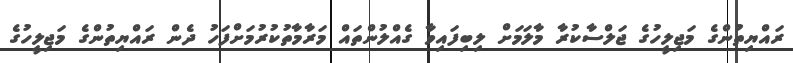
ރައްޔިތުންގެ މަޖިލީހުގެ ޖަލްސާކުރާ މާލަމަށް ލިބިފައިވާ ގެއްލުންތައް މަރާމާތުކުރުމަށްފަހު ދެން ރައްޔިތުންގެ މަޖިލީހުގެ